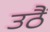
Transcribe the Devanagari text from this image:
उठैं